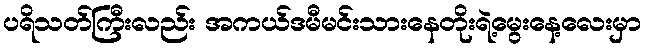
ပရိသတ်ကြီးလည်း အကယ်ဒမီမင်းသားနေတိုးရဲ့မွေးနေ့လေးမှာ